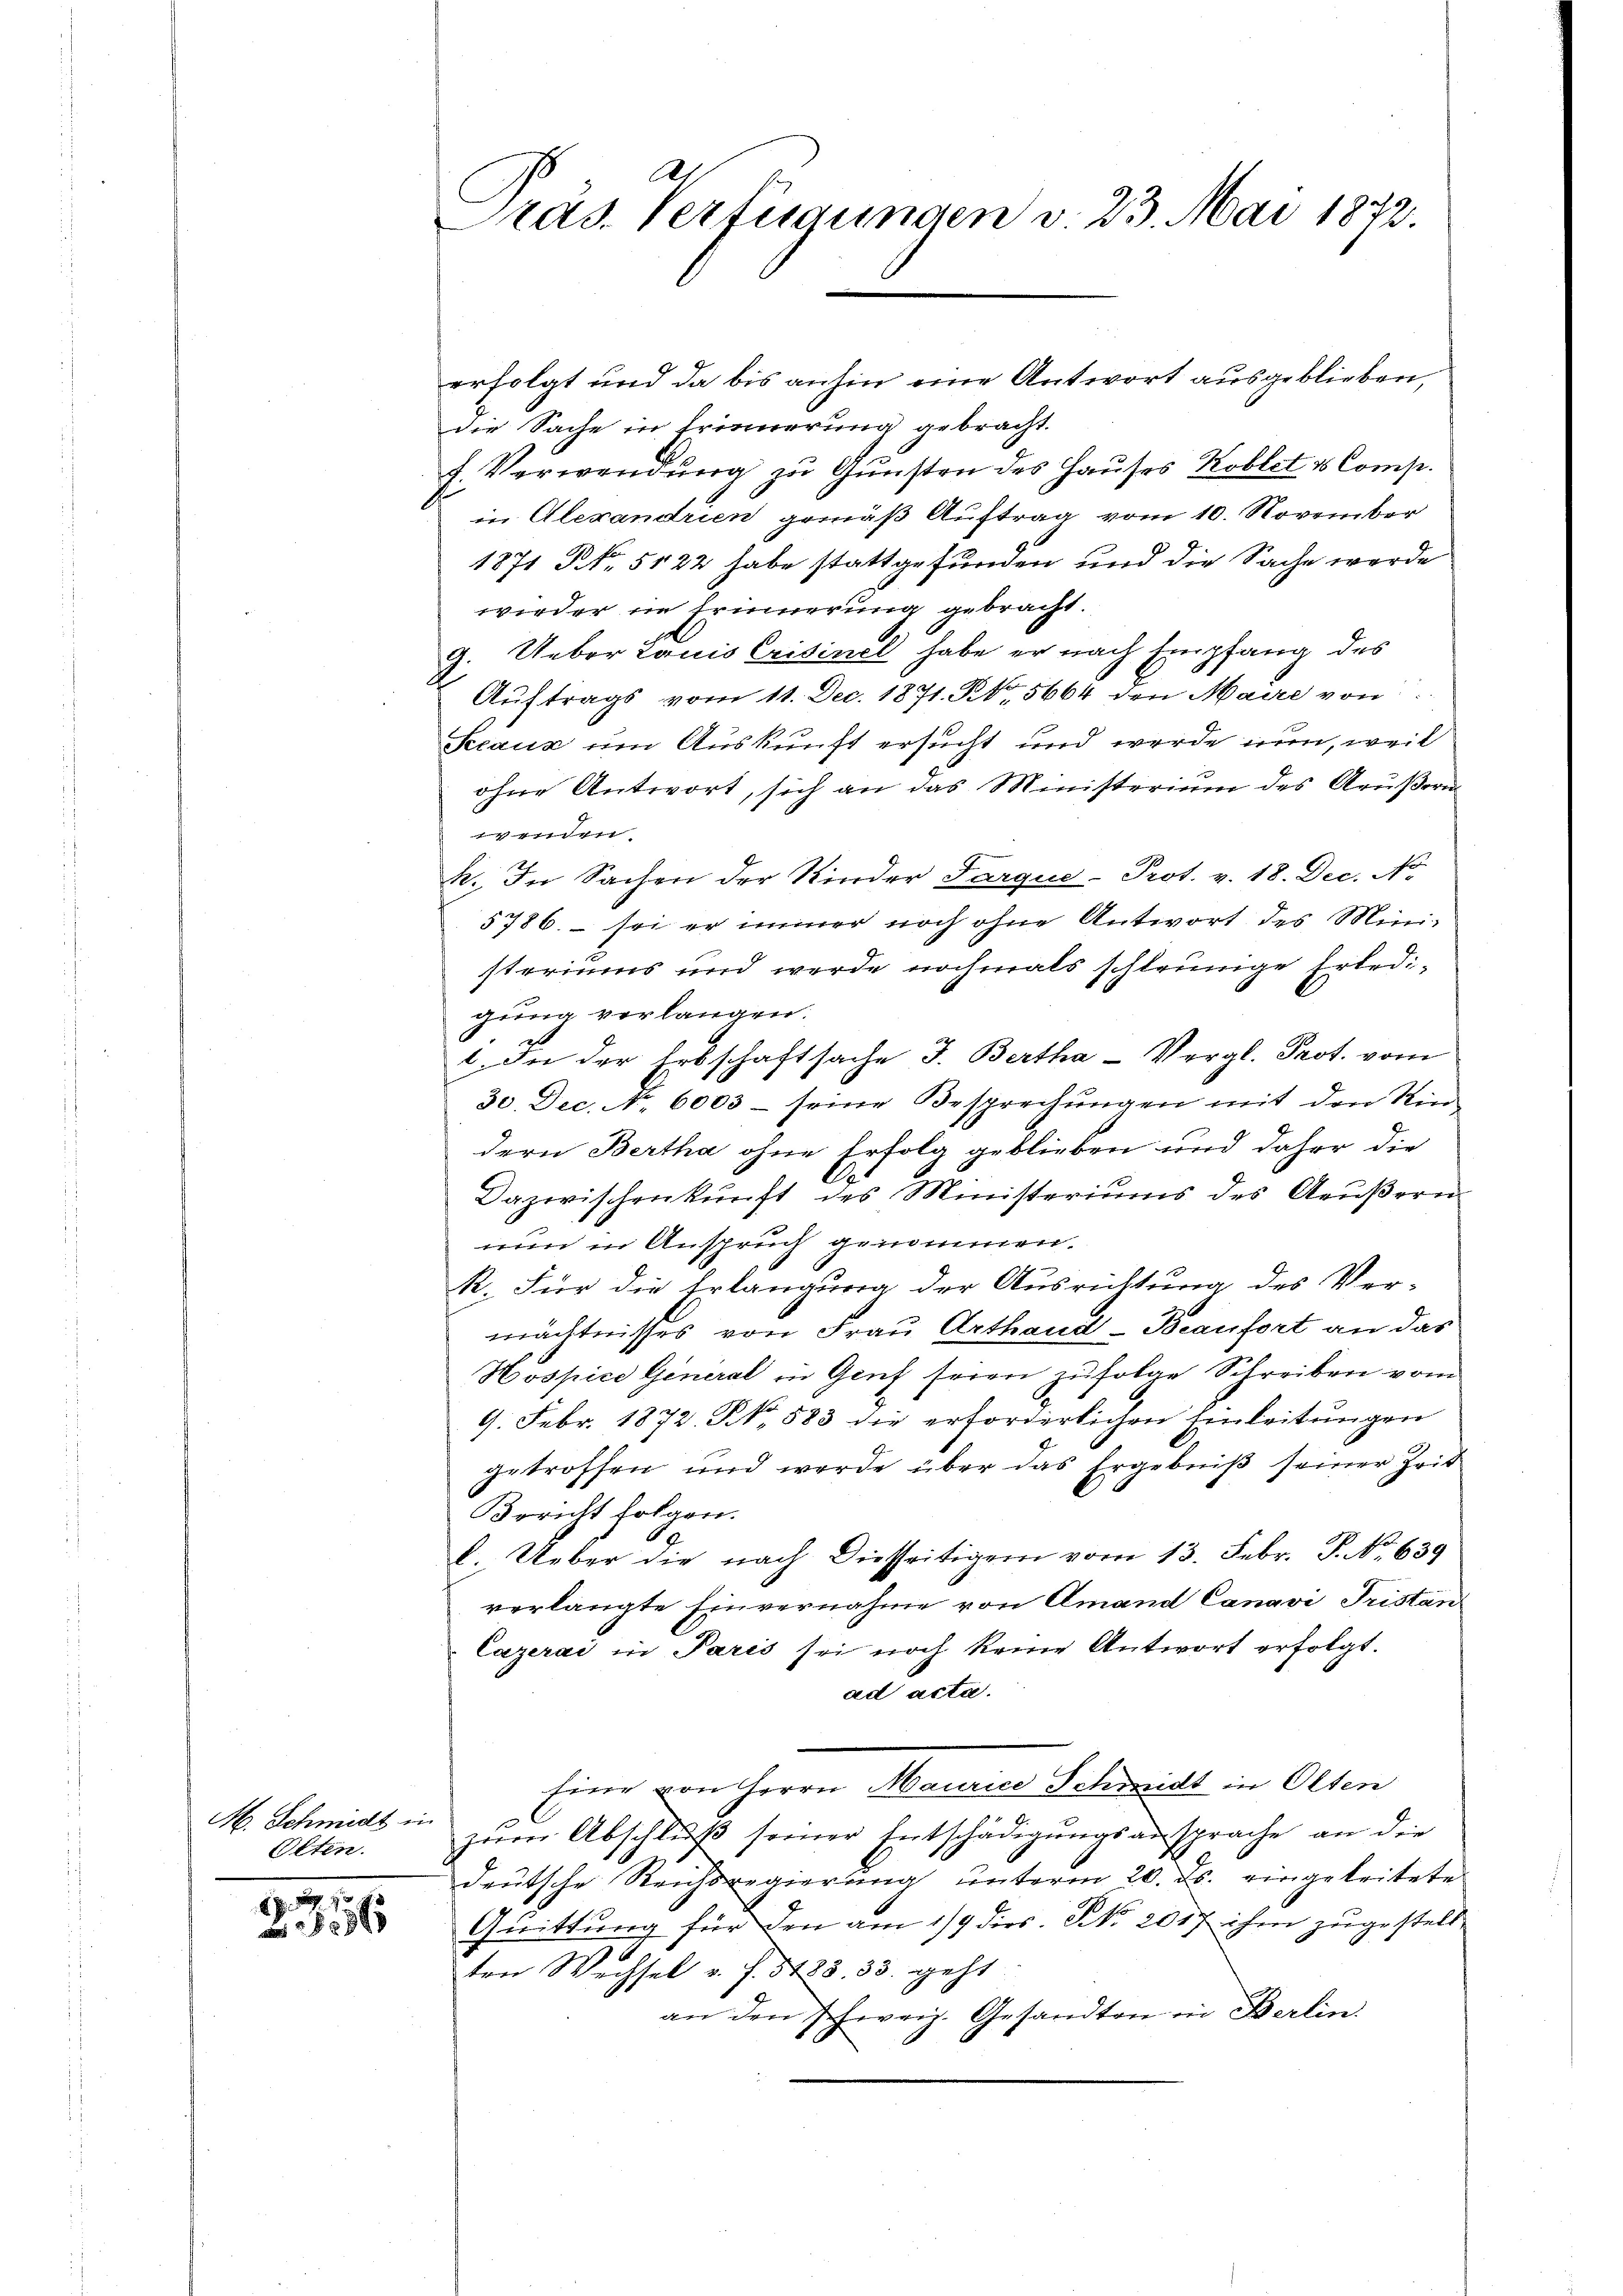
M. Schmidt in
Olten.

29
ar 1886

Prad. Verfügungen v. 23. Mai 1872.

erfolgt und da bis anhin eine Antwort ausgeblieben,
die Sache in Erinnerung gebracht.
s
f. Verwendŭng zŭ Gŭnsten des Haŭses Koblet u Comp.
in Alexandrien gemäß Auftrag vom 10. November
1871 No 5122 habe stattgefunden und die Sache werde
wieder in Erinnerung gebracht.
G. Ueber Lauis Crisinel habe er nach Empfang des
Aŭftrags vom 11. Dec. 1871. Rt. 5664 den Maire von
Seeaux um Auskunft ersucht und werde nun, weil
ohne Antwort, sich an das Ministerium des Aeußern
e
k. In Sachen der Kinder Parque- Prot. v. 18. Dec. No
5786. – sei er immer noch ohne Antwort des Mini-
steriums und werde nochmals schleunige Erledigung verlangen.
1. In der Erbschaftsache J. Bertha-Vergl. Prot. vom
30. Dec. No. 6003 - seine Besprechungen mit den Rin
dern Bertha ohne Erfolg geblieben und daher die
l
Dazwischenkunft des Ministeriums des Aeŭβern
nun in Anspruch genommen.
R. Für die Erlangung der Ausrichtung des Ver-
mächtnisses von Frau Arthand-Beaufort an das
Hospice General in Genf seien zufolge Schreiben vom
9. Febr. 1872. N. 583 die erforderlichen Einleitungen
getroffen und werde über das Ergebniβ seiner Zeit
Bericht folgen.
l. Ueber die nach diesseitigem vom 13. Febr. P. No. 639
verlangte Einvernahme von Amand Canavi Tristan
Cazerai in Paris sei noch keine Antwort erfolgt.
ad acta.
Eine von Herrn Maurice Schmidt in Olten
zum Abschluß seiner Entschädigungsansprache an die
deutsche Reichsregierung unterm 20. ds. eingeleitete
Quittung für den am 1/9 dies. No 2017 ihm zugestell
ten Wechsel v. J. 528. 33. geht
an den Schien. Gesandten in Berlin.
.
.